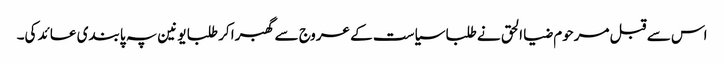
اس سے قبل مرحوم ضیا الحق نے طلبا سیاست کے عروج سے گھبرا کر طلبا یونین پہ پابندی عائد کی۔